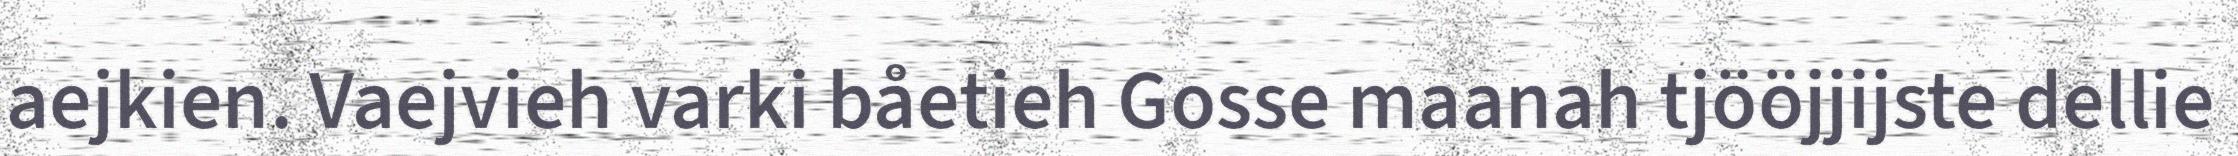
aejkien. Vaejvieh varki båetieh Gosse maanah tjööjjijste dellie